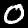
Digit: 0